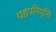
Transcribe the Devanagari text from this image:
ग्रहपरिवृत्ति